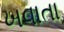
ખવાતા